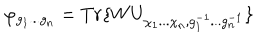
\varphi _ { g _ { 1 } . . . g _ { n } } = T r \{ W U _ { \chi _ { 1 } . . . \chi _ { n } , g _ { 1 } ^ { - 1 } . . . g _ { n } ^ { - 1 } } \}